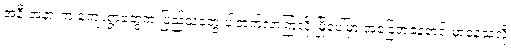
အနီးအနားက ကျေးရွာတွေက ပြည်သူတွေ ပါတက်လာကြလို့ မြို့ပေါ်မှာ အခြေအနေတင်းမာနေသလို